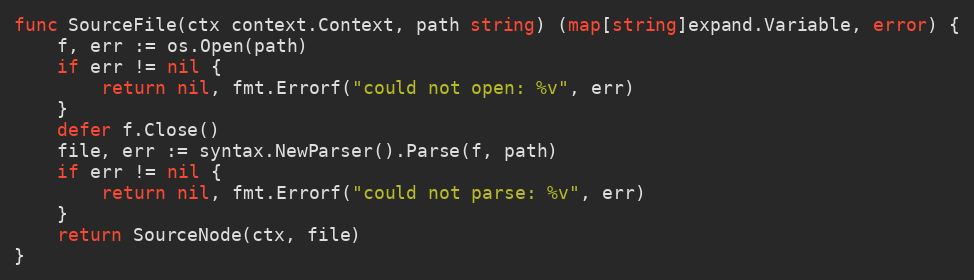
Language: Go
func SourceFile(ctx context.Context, path string) (map[string]expand.Variable, error) {
	f, err := os.Open(path)
	if err != nil {
		return nil, fmt.Errorf("could not open: %v", err)
	}
	defer f.Close()
	file, err := syntax.NewParser().Parse(f, path)
	if err != nil {
		return nil, fmt.Errorf("could not parse: %v", err)
	}
	return SourceNode(ctx, file)
}